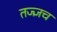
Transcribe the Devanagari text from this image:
तज्ज्ञच